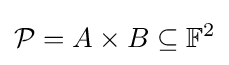
{\mathcal {P}}=A\times B\subseteq \mathbb {F} ^{2}